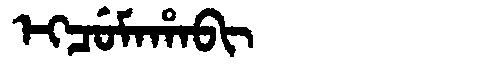
Manchu: ᡝᡴᠴᡠᠮᠠᡥᠠᠪᡳ
Romanization: EKCUMAHABI